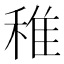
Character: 稚